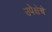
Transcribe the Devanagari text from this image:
उपेक्षेचे